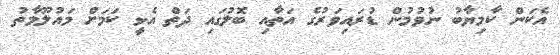
އެކަން ކާމިޔާބު ނުވުމުން ޑުރައިވަރުގެ އަތާއި ބޮލުގައި ދަތް އެޅީ ކަމަށް މައުލޫމާތު